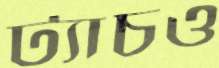
ট্যাচও